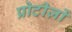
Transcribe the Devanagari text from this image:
प्रोटीज़ों